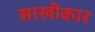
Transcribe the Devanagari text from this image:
साखीकार